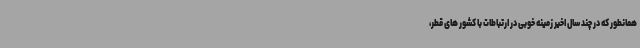
همانطور که در چند سال اخیر زمینه خوبی در ارتباطات با کشور های قطر،